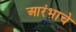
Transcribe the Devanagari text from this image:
आरंभाचे